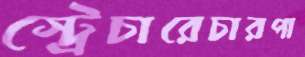
স্ট্রেচারেচারপা